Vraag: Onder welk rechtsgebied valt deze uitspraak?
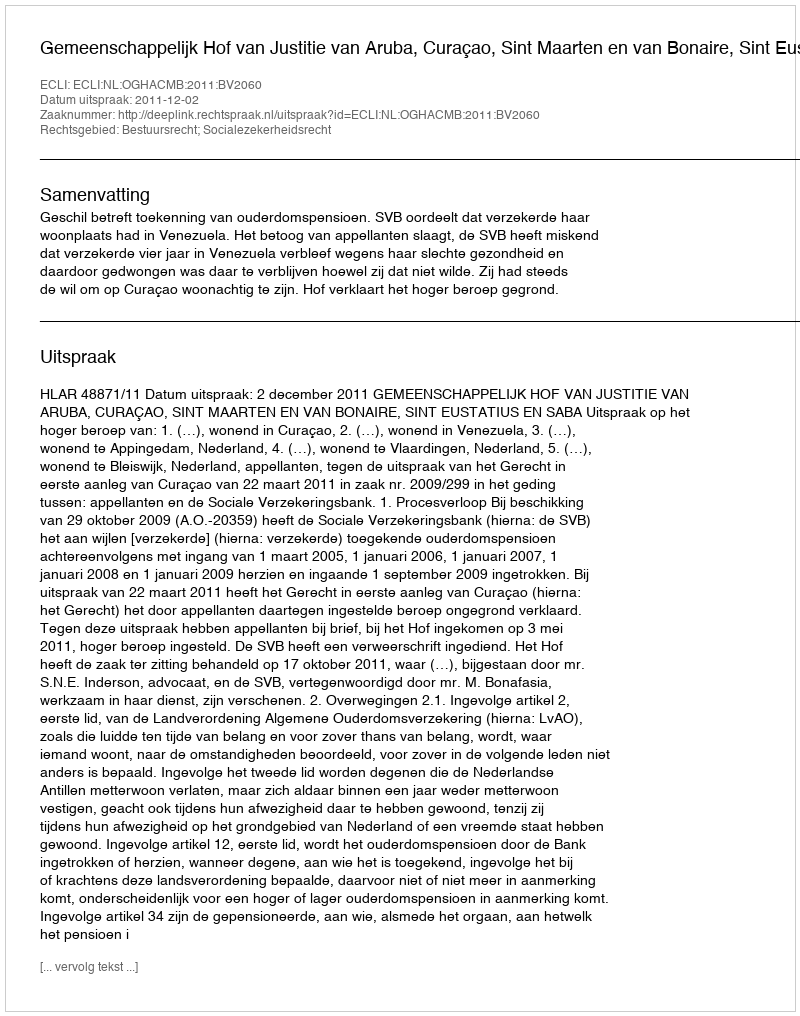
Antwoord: Bestuursrecht; Socialezekerheidsrecht